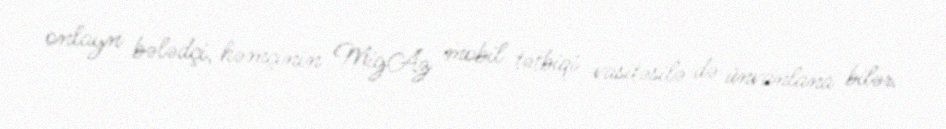
onlayn bələdçi, həmçinin MigAz mobil tətbiqi vasitəsilə də ünvanlana bilər.